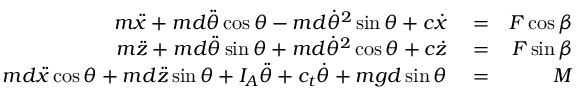
\begin{array} { r l r } { m \ddot { x } + m d \ddot { \theta } \cos \theta - m d \dot { \theta } ^ { 2 } \sin \theta + c \dot { x } } & { { } = } & { F \cos \beta } \\ { m \ddot { z } + m d \ddot { \theta } \sin \theta + m d \dot { \theta } ^ { 2 } \cos \theta + c \dot { z } } & { { } = } & { F \sin \beta } \\ { m d \ddot { x } \cos \theta + m d \ddot { z } \sin \theta + I _ { A } \ddot { \theta } + c _ { t } \dot { \theta } + m g d \sin \theta } & { { } = } & { M } \end{array}